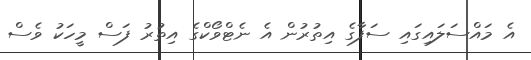
އެ މައްސަލައިގައި ސަފާގެ އިތުރުން އެ ނެޓްވޯކްގެ އިތުރު ފަސް މީހަކު ވެސް